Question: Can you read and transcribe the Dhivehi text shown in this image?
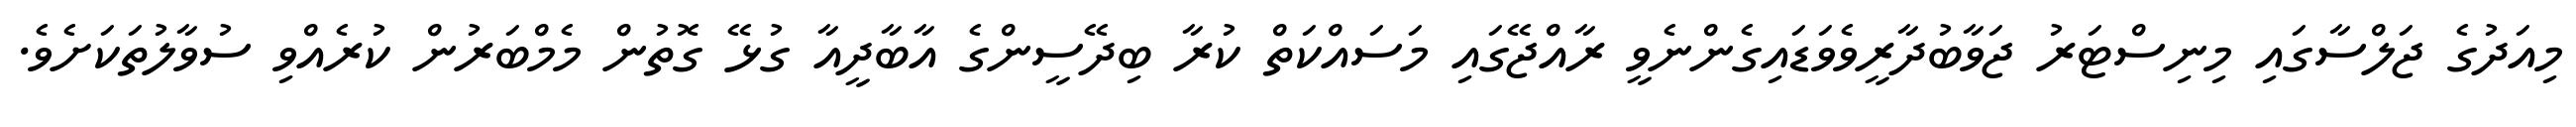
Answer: މިއަދުގެ ޖަލްސާގައި މިނިސްޓަރު ޖަވާބުދާރީވެވަޑައިގެންނެވީ ރާއްޖޭގައި މަސައްކަތް ކުރާ ބިދޭސީންގެ އާބާދީއާ ގުޅޭ ގޮތުން މެމްބަރުން ކުރެއްވި ސުވާލުތަކަށެވެ.